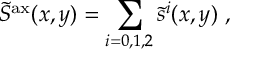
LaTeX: \tilde { S } ^ { \mathrm { a x } } ( x , y ) = \sum _ { i = 0 , 1 , 2 } \tilde { s } ^ { i } ( x , y ) \ ,